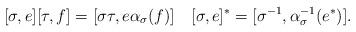
LaTeX: \begin{align*} [\sigma,e][\tau,f]=[\sigma\tau,e\alpha_{\sigma}(f)]\quad [\sigma,e]^{*}=[\sigma^{-1},\alpha_{\sigma}^{-1}(e^{*})]. \end{align*}